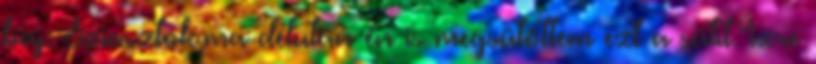
baj. Sziasztok,ma délután én is megsütöttem ezt a sütit.Ízre